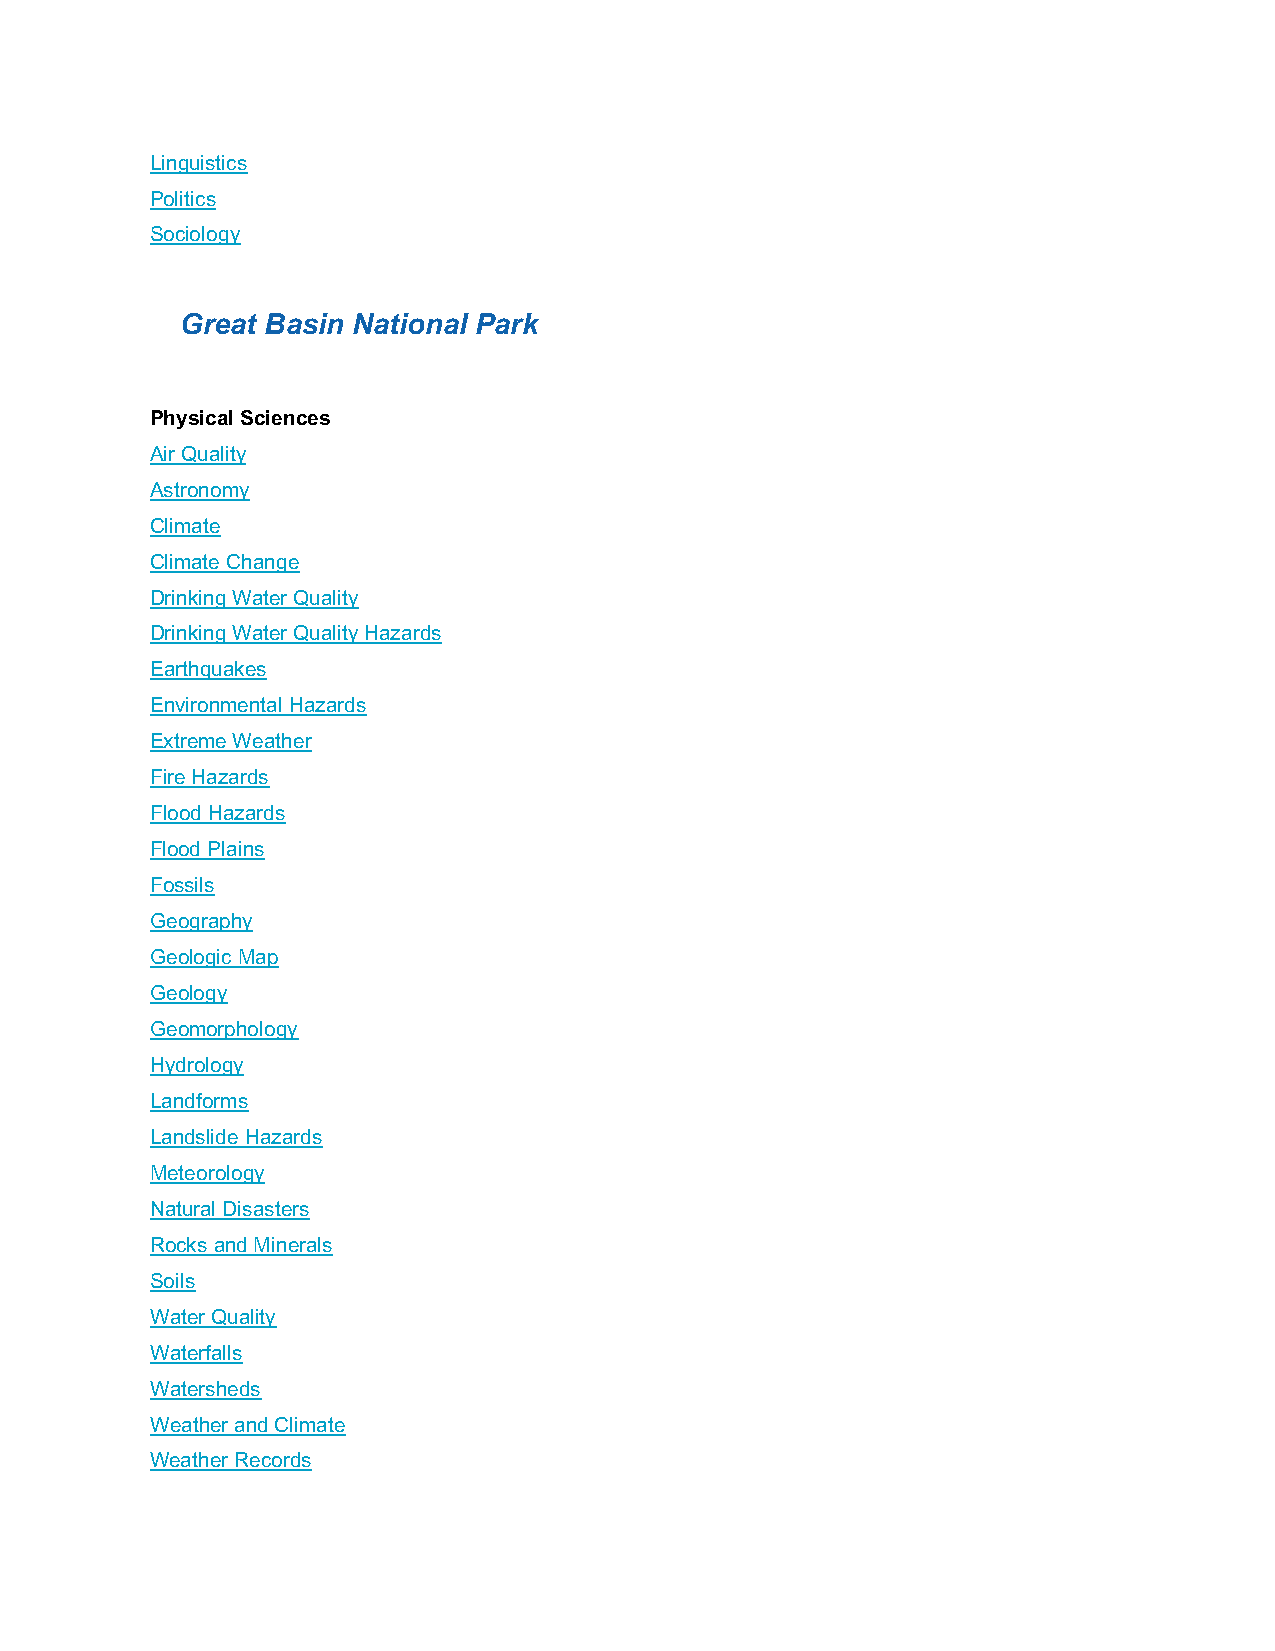
Linguistics
 Politics
 Sociology
 Great Basin National Park
 Physical Sciences
 Air Quality
 Astronomy
 Climate
 Climate Change
 Drinking Water Quality
 Drinking Water Quality Hazards
 Earthquakes
 Environmental Hazards
 Extreme Weather
 Fire Hazards
 Flood Hazards
 Flood Plains
 Fossils
 Geography
 Geologic Map
 Geology
 Geomorphology
 Hydrology
 Landforms
 Landslide Hazards
 Meteorology
 Natural Disasters
 Rocks and Minerals
 Soils
 Water Quality
 Waterfalls
 Watersheds
 Weather and Climate
 Weather Records